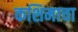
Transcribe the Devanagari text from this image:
कशिमाचा